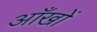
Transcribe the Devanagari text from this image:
अाँखों